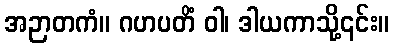
အဉာတကံ။ ဂဟပတိံ ဝါ၊ ဒါယကာသို့၎င်း။